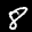
Label: 8